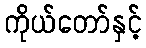
ကိုယ်တော်နှင့်